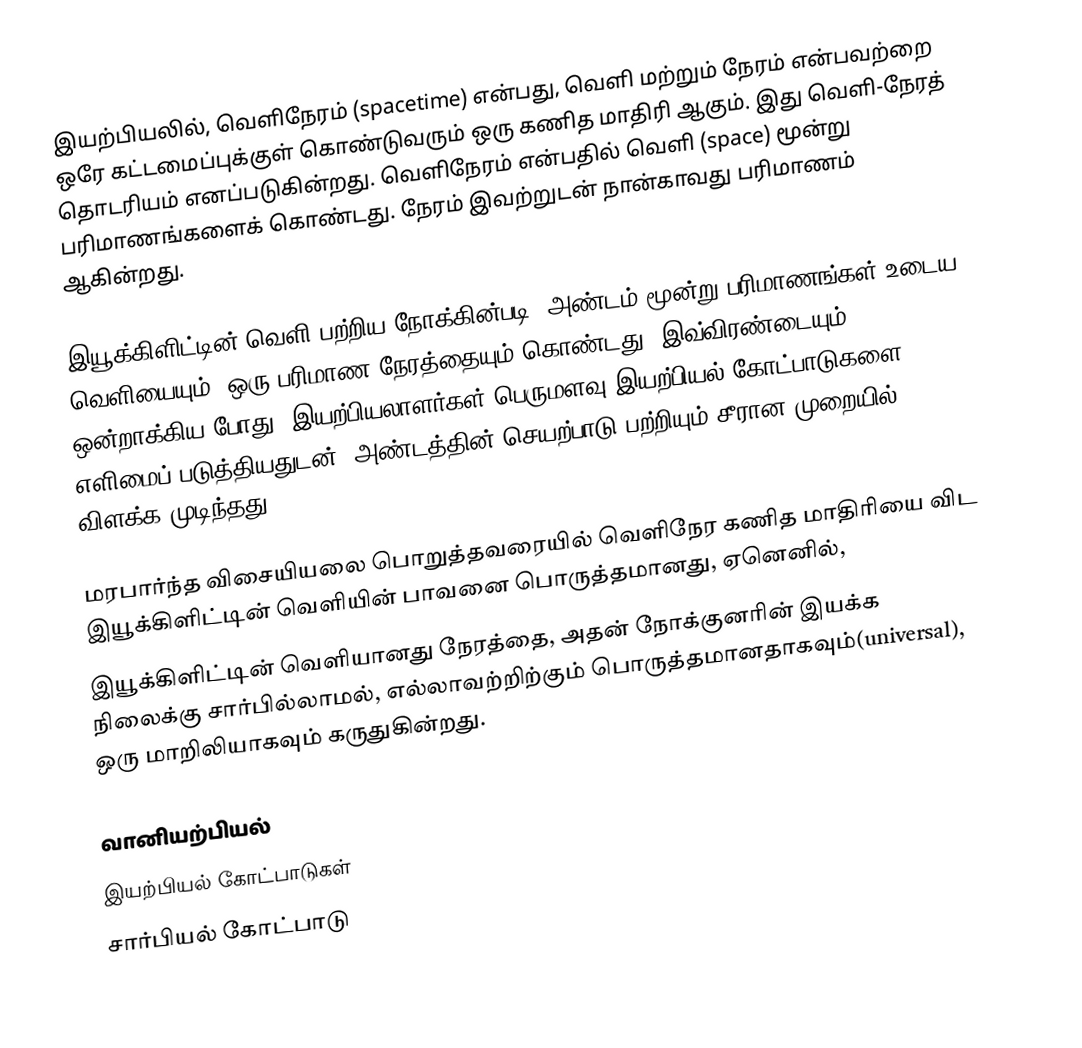
இயற்பியலில், வெளிநேரம் (spacetime) என்பது, வெளி மற்றும் நேரம் என்பவற்றை ஒரே கட்டமைப்புக்குள் கொண்டுவரும் ஒரு கணித மாதிரி ஆகும். இது வெளி-நேரத் தொடரியம் எனப்படுகின்றது. வெளிநேரம் என்பதில் வெளி (space) மூன்று பரிமாணங்களைக் கொண்டது. நேரம் இவற்றுடன் நான்காவது பரிமாணம் ஆகின்றது.

இயூக்கிளிட்டின் வெளி பற்றிய நோக்கின்படி, அண்டம் மூன்று பரிமாணங்கள் உடைய வெளியையும், ஒரு பரிமாண நேரத்தையும் கொண்டது. இவ்விரண்டையும் ஒன்றாக்கிய போது, இயற்பியலாளர்கள் பெருமளவு இயற்பியல் கோட்பாடுகளை எளிமைப் படுத்தியதுடன், அண்டத்தின் செயற்பாடு பற்றியும் சீரான முறையில் விளக்க முடிந்தது.

மரபார்ந்த விசையியலை பொறுத்தவரையில் வெளிநேர கணித மாதிரியை விட இயூக்கிளிட்டின் வெளியின் பாவனை பொருத்தமானது, ஏனெனில்,
இயூக்கிளிட்டின் வெளியானது நேரத்தை, அதன் நோக்குனரின் இயக்க நிலைக்கு சார்பில்லாமல், எல்லாவற்றிற்கும் பொருத்தமானதாகவும்(universal), ஒரு மாறிலியாகவும் கருதுகின்றது.

வானியற்பியல்
இயற்பியல் கோட்பாடுகள்
சார்பியல் கோட்பாடு